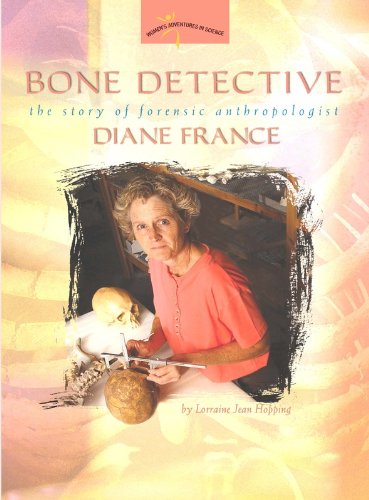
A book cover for Bone Detective:: The Story of Forensic Anthropologist Diane France (Women's Adventures in Science (Joseph Henry Press)); Lorraine Jean Hopping; Children's Books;